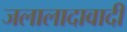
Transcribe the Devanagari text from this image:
जलालादावादी